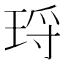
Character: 𭹑